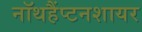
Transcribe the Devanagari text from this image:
नॉथहैंप्टनशायर